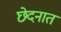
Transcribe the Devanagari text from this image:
छेदनात